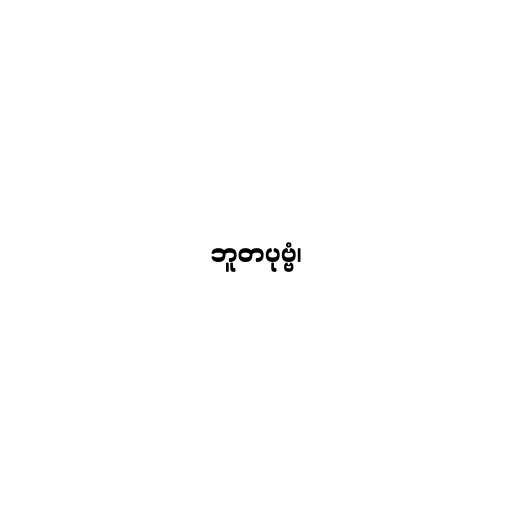
ဘူတပုဗ္ဗံ၊